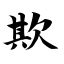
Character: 欺